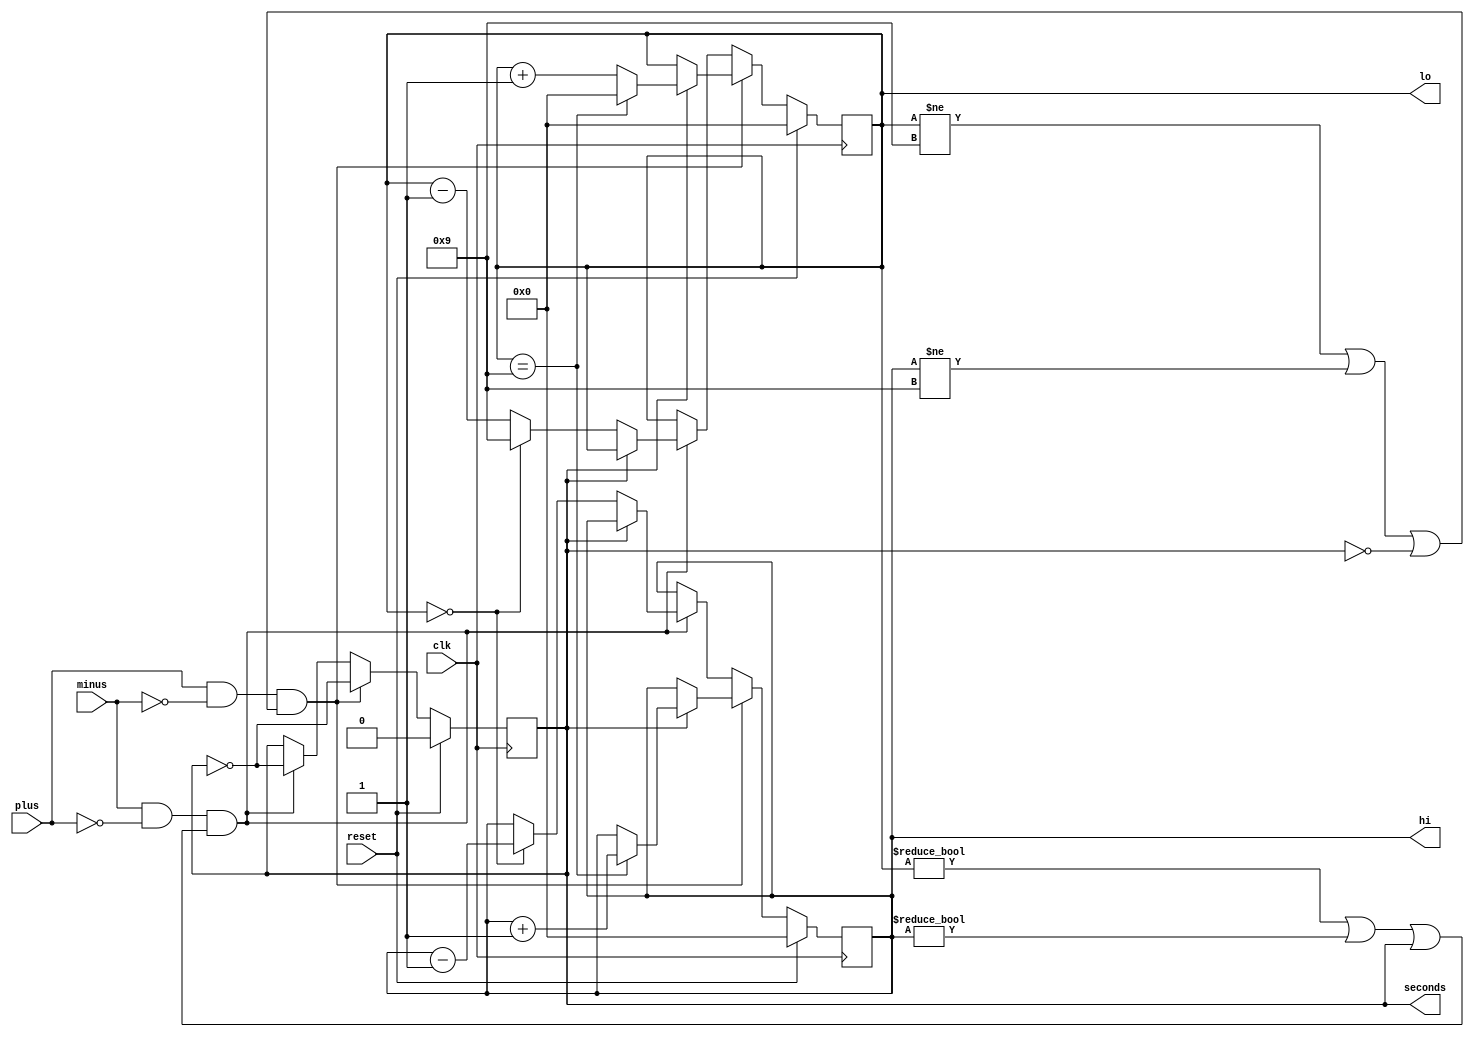
module setup(
    input clk,
    input plus,
    input minus,
    input reset,
    output reg [3:0]hi = 4'd0,
    output reg [3:0]lo = 4'd0,
    output reg seconds = 4'b0
);

always @(posedge clk) begin
    if (reset) begin
        hi <= 4'd0;
        lo <= 4'd0;
        seconds <= 1'b0;
    end else if (plus && !minus && (lo != 4'd9 || hi != 4'd9 || !seconds)) begin
        seconds <= ~seconds;
        if (seconds) begin
            if (lo == 4'd9) begin
                lo <= 4'd0;
                hi <= hi + 1'b1;
            end else begin
                lo <= lo + 1'b1;
            end
        end
    end else if (minus && !plus && (lo != 4'd0 || hi != 4'd0 || seconds)) begin
        seconds <= ~seconds;
        if (!seconds) begin
            if (lo == 4'd0) begin
                lo <= 4'd9;
                hi <= hi - 1'b1;
            end else begin
                lo <= lo - 1'b1;
            end
        end
    end
end

endmodule